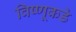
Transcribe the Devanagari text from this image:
विष्णूकडे